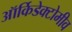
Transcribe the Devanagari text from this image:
ऑर्किडेक्टोमीव